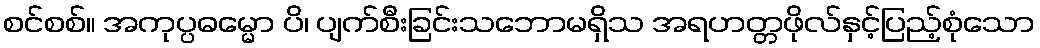
စင်စစ်။ အကုပ္ပဓမ္မော ပိ၊ ပျက်စီးခြင်းသဘောမရှိသ အရဟတ္တဖိုလ်နှင့်ပြည့်စုံသော